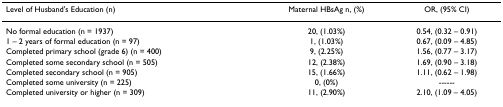
| Level of Husband's Education (n) | Maternal HBsAg n, (%) | OR, (95% CI) |
 | --- | --- | --- |
 | No formal education (n = 1937) | 20, (1.03%) | 0.54, (0.32 – 0.91) |
 | 1 – 2 years of formal education (n = 97) | 1, (1.03%) | 0.67, (0.09 – 4.85) |
 | Completed primary school (grade 6) (n = 400) | 9, (2.25%) | 1.56, (0.77 – 3.17) |
 | Completed some secondary school (n = 505) | 12, (2.38%) | 1.69, (0.90 – 3.18) |
 | Completed secondary school (n = 905) | 15, (1.66%) | 1.11, (0.62 – 1.98) |
 | Completed some university (n = 225) | 0, (0%) | ------ |
 | Completed university or higher (n = 309) | 11, (2.90%) | 2.10, (1.09 – 4.05) |